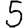
Digit: 5